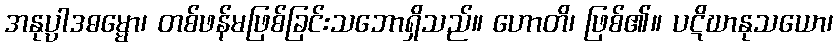
အနုပ္ပါဒဓမ္မော၊ တစ်ဖန်မဖြစ်ခြင်းသဘောရှိသည်။ ဟောတိ၊ ဖြစ်၏။ ပဋိဃာနုသယော၊